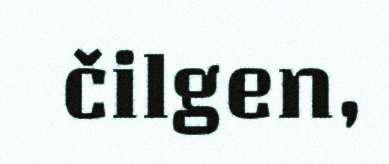
čilgen,